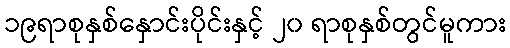
၁၉ရာစုနှစ်နှောင်းပိုင်းနှင့် ၂၀ ရာစုနှစ်တွင်မူကား